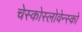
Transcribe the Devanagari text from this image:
चेस्कोस्लोवेन्स्को